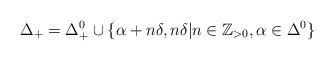
\begin{align*}\Delta_+ = \Delta_+^0 \cup \{ \alpha+n\delta, n\delta | n\in \mathbb Z_{>0}, \alpha \in \Delta^0\}\end{align*}